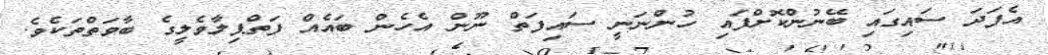
އެފަދަ ސައިގައި ބޭނުންކޮށްފައި ހުންނަނީ ސައިފަތް ނޫން އެހެން ބައެއް ފަތްޕިލާވެލީގެ ބާވަތްތަކެވެ.